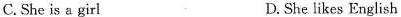
C..She is a girl D.She likes English